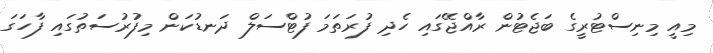
މިއީ މިނިސްޓުރީގެ ބަޖެޓުން ރާއްޖޭގައި ހެދި ފުރަތަމަ ފުޓްސަލް ދަނޑުކަން މިފުރުސަތުގައި ފާހަގަ